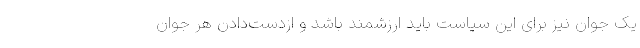
یک جوان نیز برای این سیاست باید ارزشمند باشد و ازدست‌دادن هر جوان